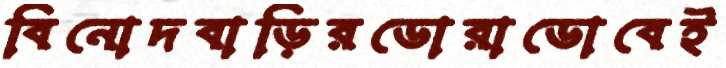
বিনোদবাড়িরডোরাডোবেই